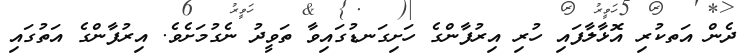
ދެން އަތކުރި އޮޅާލާފައި ހުރި އިރުފާންގެ ހަށިގަނޑުގައިވާ ތަވީދު ނެގުމަށެވެ. އިރުފާންގެ އަތުގައި